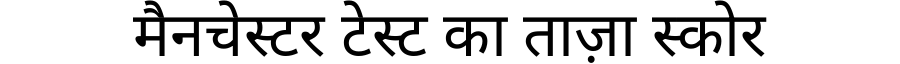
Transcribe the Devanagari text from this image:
मैनचेस्टर टेस्ट का ताज़ा स्कोर